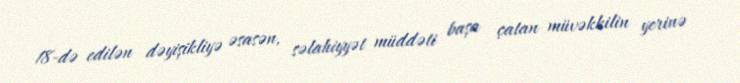
18-də edilən dəyişikliyə əsasən, səlahiyyət müddəti başa çatan müvəkkilin yerinə